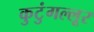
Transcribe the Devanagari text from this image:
कुटुंगल्लूर